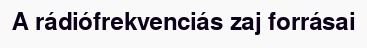
A rádiófrekvenciás zaj forrásai